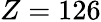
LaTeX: Z=126